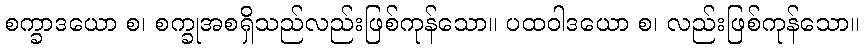
စက္ခာဒယော စ၊ စက္ခုအစရှိသည်လည်းဖြစ်ကုန်သော။ ပထဝါဒယော စ၊ လည်းဖြစ်ကုန်သော။